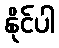
နိုင်ပါ